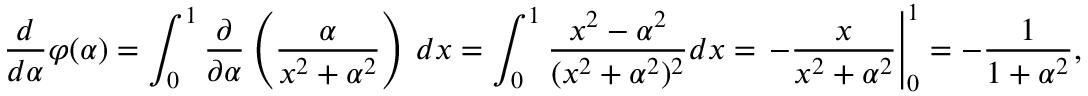
{ \frac { d } { d \alpha } } \varphi ( \alpha ) = \int _ { 0 } ^ { 1 } { \frac { \partial } { \partial \alpha } } \left( { \frac { \alpha } { x ^ { 2 } + \alpha ^ { 2 } } } \right) \, d x = \int _ { 0 } ^ { 1 } { \frac { x ^ { 2 } - \alpha ^ { 2 } } { ( x ^ { 2 } + \alpha ^ { 2 } ) ^ { 2 } } } d x = \left. - { \frac { x } { x ^ { 2 } + \alpha ^ { 2 } } } \right| _ { 0 } ^ { 1 } = - { \frac { 1 } { 1 + \alpha ^ { 2 } } } ,